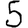
Digit: 5